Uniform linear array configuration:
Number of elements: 4
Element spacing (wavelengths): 0.25
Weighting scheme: hann
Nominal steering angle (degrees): -15
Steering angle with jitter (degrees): -13.27
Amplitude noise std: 0.05
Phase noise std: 0.05

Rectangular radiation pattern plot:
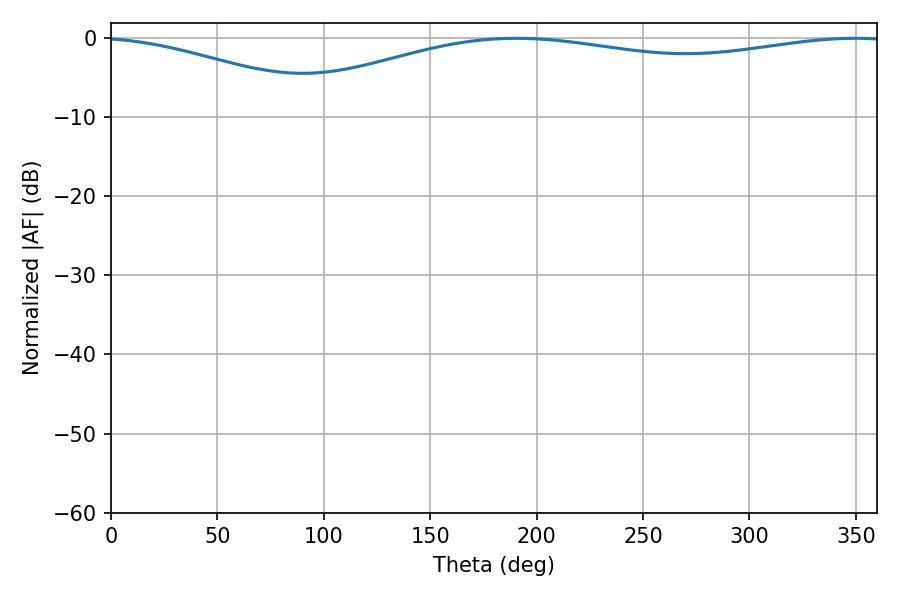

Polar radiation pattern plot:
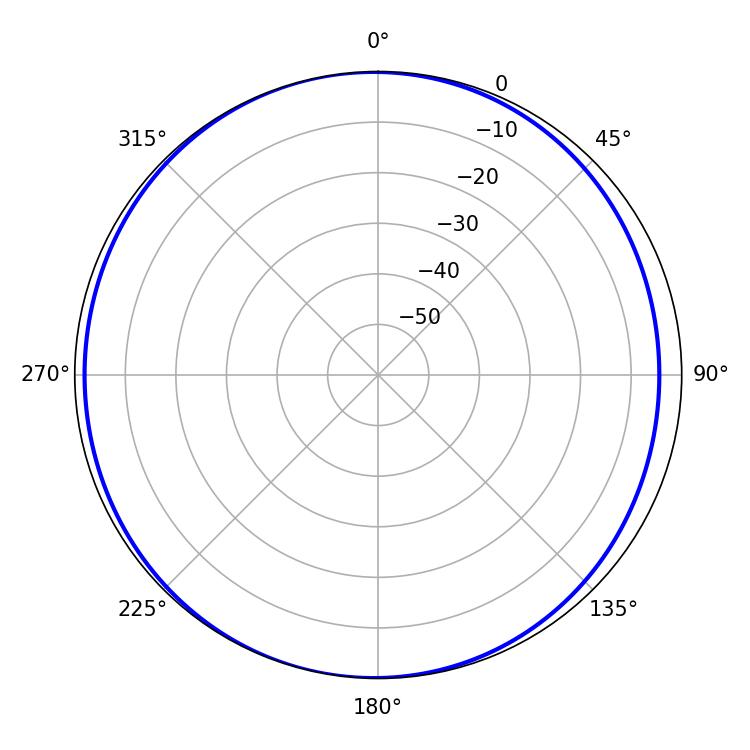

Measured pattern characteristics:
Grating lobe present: FALSE
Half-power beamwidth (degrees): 235.08
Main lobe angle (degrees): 190.44